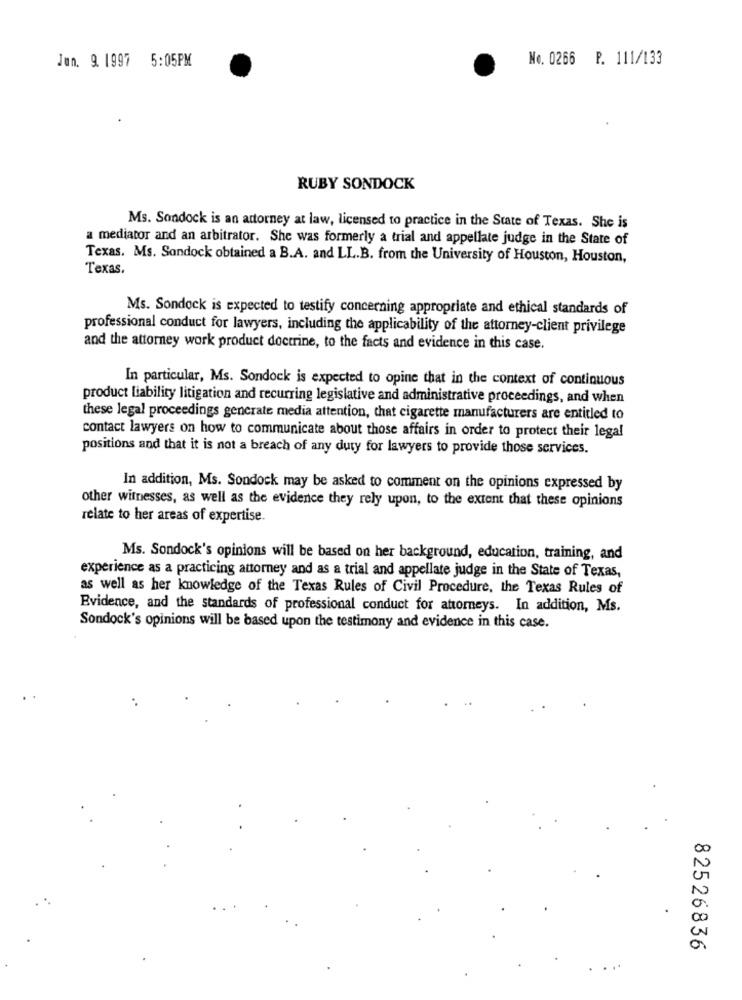
No. 0266 P. 111/133
Jun. 9. 1997 5:05PM
RUBY SONDOCK
Ms. Sondock is an attorney at law, licensed to practice in the State of Texas. She is
a mediator and an arbitrator. She was formerly a trial and appellate judge in the State of
Texas. Ms. Sondock obtained a B.A. and LL.B. from the University of Houston, Houston,
Texas.
Ms. Sondock is expected to testify concerning appropriate and ethical standards of
professional conduct for lawyers, including the applicability of the attorney-client privilege
and the attorney work product doctrine, to the facts and evidence in this case.
In particular, Ms. Sondock is expected to opine that in the context of continuous
product liability litigation and recurring legislative and administrative proceedings, and when
these legal proceedings generate media attention, that cigarette manufacturers are entitled to
contact lawyers on how to communicate about those affairs in order to protect their legal
positions and that it is not a breach of any duty for lawyers to provide those services.
In addition, Ms. Sondock may be asked to comment on the opinions expressed by
other witnesses, as well as the evidence they rely upon, to the extent that these opinions
relate to her areas of expertise.
Ms. Sondock's opinions will be based on her background, education, training, and
experience as a practicing attorney and as a trial and appellate judge in the State of Texas,
as well as her knowledge of the Texas Rules of Civil Procedure, the Texas Rules of
Evidence, and the standards of professional conduct for attorneys. In addition, Ms.
Sondock's opinions will be based upon the testimony and evidence in this case.
82526836